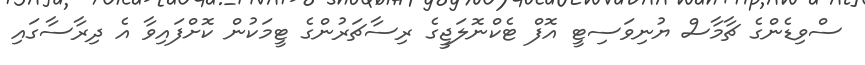
ސްވިޑެންގެ ޗާމާސް ޔުނިވަސިޓީ އޮފް ޓެކްނޮލަޖީގެ ރިސާޗަރުންގެ ޓީމަކުން ކޮށްފައިވާ އެ ދިރާސާގައި